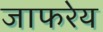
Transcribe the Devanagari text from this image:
जाफरेय